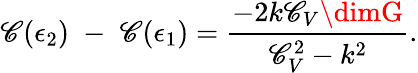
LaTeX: \mathscr{C}(\epsilon_{2})\; -\; \mathscr{C}(\epsilon_{1})={\frac{{-2k\mathscr{C}_{V}\dimG}}{{\mathscr{C}_{V}^{2}-k^{2}}}}.